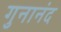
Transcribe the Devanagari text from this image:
गुनानंद